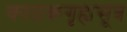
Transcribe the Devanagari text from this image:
काठकगृह्यसूत्र